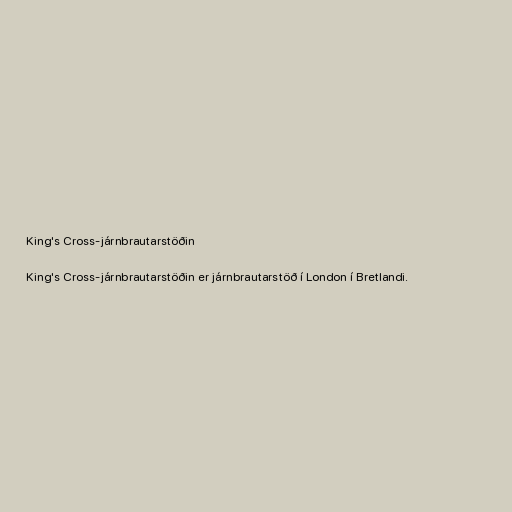
King's Cross-járnbrautarstöðin

King's Cross-járnbrautarstöðin er járnbrautarstöð í London í Bretlandi.